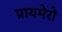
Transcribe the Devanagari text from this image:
प्रायमेरो